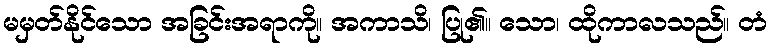
မမှတ်နိုင်သော အခြင်းအရာကို။ အကာသိ၊ ပြု၏။ သော၊ ထိုကာလသည်။ တံ